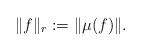
LaTeX: \begin{align*}\|f\|_r & := \| \mu(f)\| .\end{align*}